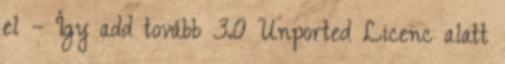
el – Így add tovább 3.0 Unported Licenc alatt